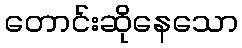
တောင်းဆိုနေသော